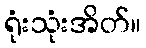
ရုံးသုံးအိတ်။